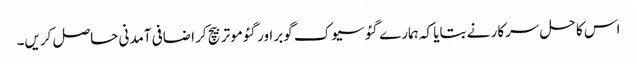
اس کا حل سرکار نے بتایا کہ ہمارے گئو سیوک گوبر اور گئوموتر بیچ کر اضافی آمدنی حاصل کریں۔